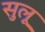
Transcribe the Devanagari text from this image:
सुलू